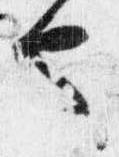
也